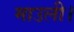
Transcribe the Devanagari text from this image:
माउली।